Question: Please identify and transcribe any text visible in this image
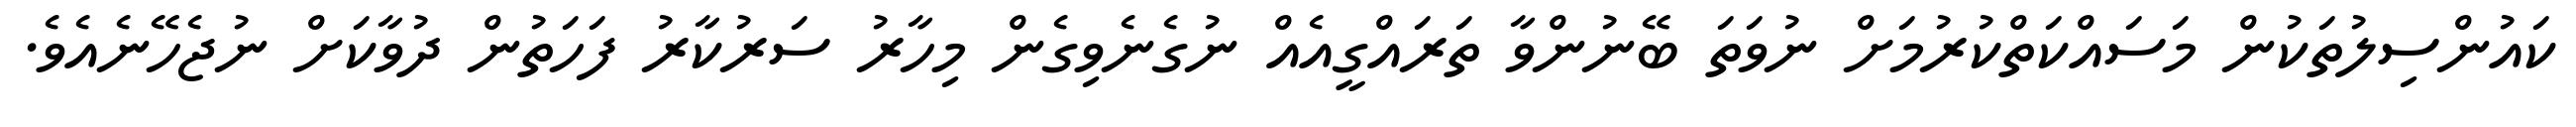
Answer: ކައުންސިލުތަކުން މަސައްކަތްކުރުމަށް ނުވަތަ ބޭނުންވާ ތަރައްގީއެއް ނުގެނެވިގެން މިހާރު ސަރުކާރު ފަހަތުން ދުވާކަށް ނުޖެހޭނެއެވެ.